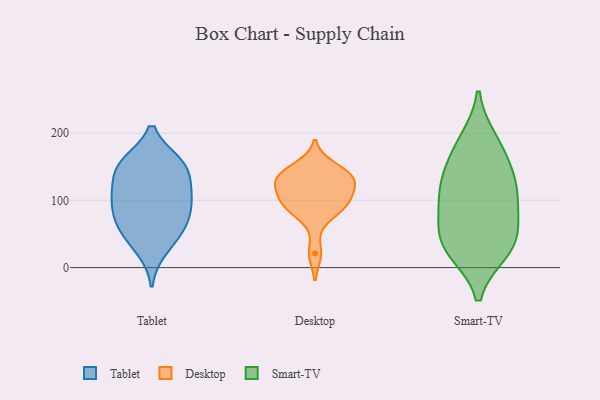
{"axis": {"x": "Waste Production (Tons)", "y": "Value"}, "legend": ["Desktop", "Smart-TV", "Tablet"], "data": [{"x": "", "y": 27, "type": "Tablet"}, {"x": "", "y": 149, "type": "Tablet"}, {"x": "", "y": 86, "type": "Tablet"}, {"x": "", "y": 155, "type": "Tablet"}, {"x": "", "y": 108, "type": "Tablet"}, {"x": "", "y": 112, "type": "Tablet"}, {"x": "", "y": 116, "type": "Tablet"}, {"x": "", "y": 153, "type": "Tablet"}, {"x": "", "y": 88, "type": "Tablet"}, {"x": "", "y": 64, "type": "Tablet"}, {"x": "", "y": 61, "type": "Tablet"}, {"x": "", "y": 154, "type": "Tablet"}, {"x": "", "y": 49, "type": "Tablet"}, {"x": "", "y": 101, "type": "Desktop"}, {"x": "", "y": 125, "type": "Desktop"}, {"x": "", "y": 131, "type": "Desktop"}, {"x": "", "y": 104, "type": "Desktop"}, {"x": "", "y": 138, "type": "Desktop"}, {"x": "", "y": 94, "type": "Desktop"}, {"x": "", "y": 150, "type": "Desktop"}, {"x": "", "y": 78, "type": "Desktop"}, {"x": "", "y": 136, "type": "Desktop"}, {"x": "", "y": 128, "type": "Desktop"}, {"x": "", "y": 90, "type": "Desktop"}, {"x": "", "y": 21, "type": "Desktop"}, {"x": "", "y": 101, "type": "Smart-TV"}, {"x": "", "y": 69, "type": "Smart-TV"}, {"x": "", "y": 25, "type": "Smart-TV"}, {"x": "", "y": 93, "type": "Smart-TV"}, {"x": "", "y": 28, "type": "Smart-TV"}, {"x": "", "y": 143, "type": "Smart-TV"}, {"x": "", "y": 178, "type": "Smart-TV"}, {"x": "", "y": 188, "type": "Smart-TV"}, {"x": "", "y": 117, "type": "Smart-TV"}, {"x": "", "y": 134, "type": "Smart-TV"}, {"x": "", "y": 40, "type": "Smart-TV"}, {"x": "", "y": 39, "type": "Smart-TV"}]}